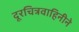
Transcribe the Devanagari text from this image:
दूरचित्रवाहिनीने